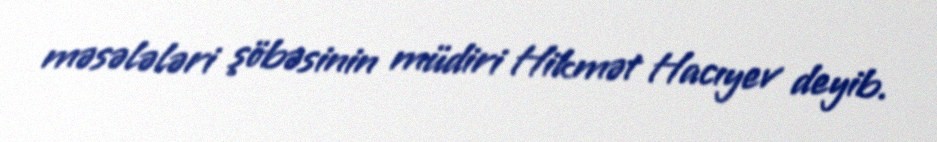
məsələləri şöbəsinin müdiri Hikmət Hacıyev deyib.